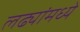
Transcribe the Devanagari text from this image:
लढ्यांमध्ये